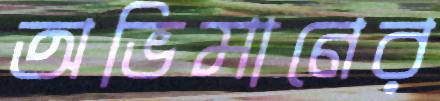
অভিমানের